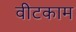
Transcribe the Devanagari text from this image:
वीटकाम